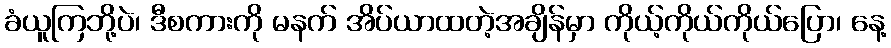
ခံယူကြဘို့ပဲ၊ ဒီစကားကို မနက် အိပ်ယာထတဲ့အချိန်မှာ ကိုယ့်ကိုယ်ကိုယ်ပြော၊ နေ့